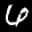
Label: 6